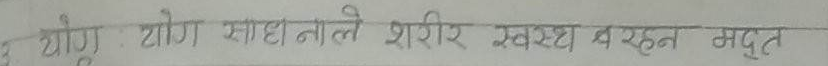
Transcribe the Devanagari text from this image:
योग : योग साधनाले शरीर स्वस्थ रहन मद्दत